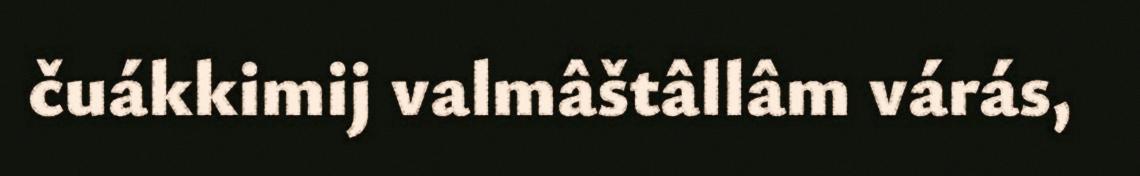
čuákkimij valmâštâllâm várás,